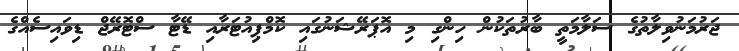
ޖަރުމަނުވިލާތުގެ ސަލާމަތީ ބާރުތަކުން ހިންގި މި އޮޕަރޭޝަނުގައި ކޮމްޕިއުޓަރާއި ޑޭޓާ ސްޓޮރޭޖް ޑިވައިސެއްގެ